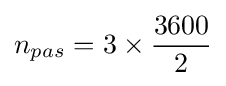
n_{pas}={3}\times {\frac {3600}{2}}